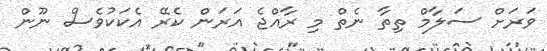
ވަރަށް ސަލާމް ތިތާ ނެތް މި ރާއްޖެ އަރަން ކެރޭ އެކަކުވެސް ނޫން